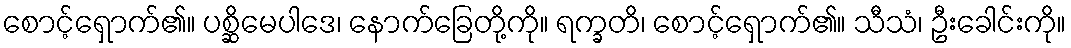
စောင့်ရှောက်၏။ ပစ္ဆိမေပါဒေ၊ နောက်ခြေတို့ကို။ ရက္ခတိ၊ စောင့်ရှောက်၏။ သီသံ၊ ဦးခေါင်းကို။